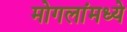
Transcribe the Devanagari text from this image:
मोगलांमध्ये